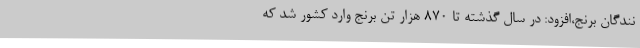
نندگان برنج،افزود: در سال گذشته تا ۸۷۰ هزار تن برنج وارد کشور شد که